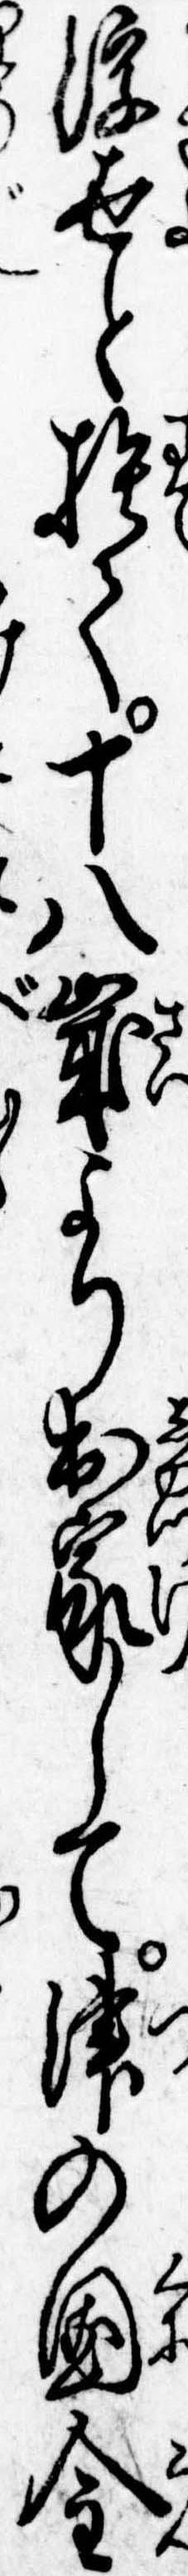
浮世と捨て十八歳より出家して津の国金